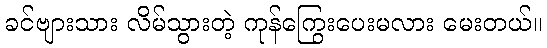
ခင်ဗျားသား လိမ်သွားတဲ့ ကုန်ကြွေးပေးမလား မေးတယ်။